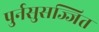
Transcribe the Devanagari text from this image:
पुर्नसुसज्जित